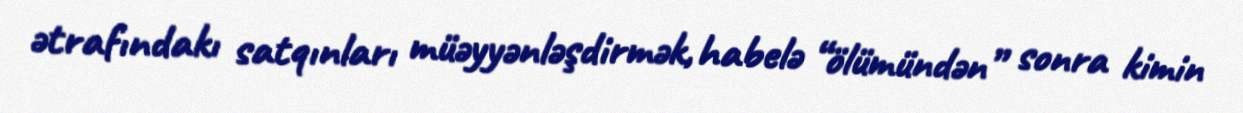
ətrafındakı satqınları müəyyənləşdirmək, habelə “ölümündən” sonra kimin